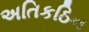
અતિકઠિન